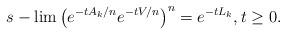
LaTeX: \begin{align*} s-\lim \left(e^{-tA_k/n} e^{-tV/n}\right)^n=e^{-tL_k}, t\geq 0.\end{align*}